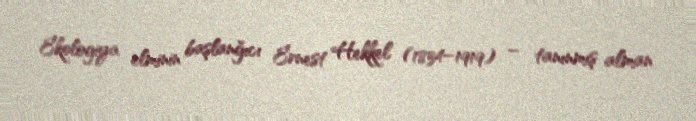
Ekologiya elminin başlanğıcı Ernest Hekkel (1834–1919) – tanınmış alman